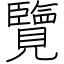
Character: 覽